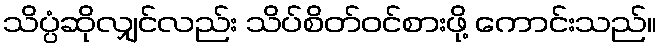
သိပ္ပံဆိုလျှင်လည်း သိပ်စိတ်ဝင်စားဖို့ ကောင်းသည်။